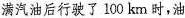
满汽油后行驶了100km时，油